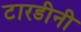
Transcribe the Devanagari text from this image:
टारडीनी